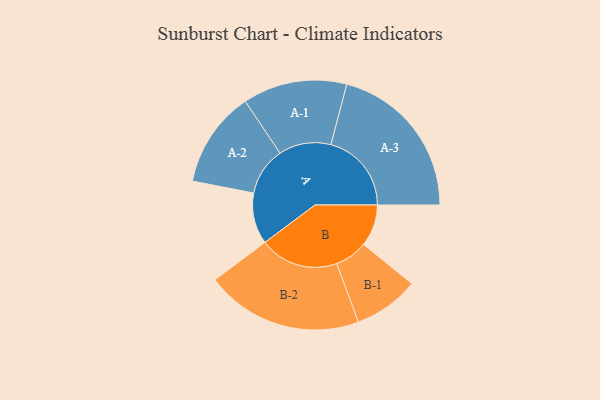
{"axis": {"x": "Segment", "y": "Value"}, "legend": ["", "A", "B"], "data": [{"x": "A", "y": 169, "type": ""}, {"x": "B", "y": 138, "type": ""}, {"x": "A-1", "y": 172, "type": "A"}, {"x": "A-2", "y": 159, "type": "A"}, {"x": "A-3", "y": 266, "type": "A"}, {"x": "B-1", "y": 108, "type": "B"}, {"x": "B-2", "y": 260, "type": "B"}]}